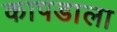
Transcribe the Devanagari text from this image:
कापडाला